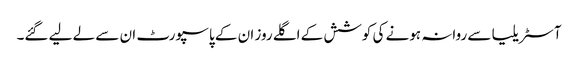
آسٹریلیا سے روانہ ہونے کی کوشش کے اگلے روز ان کے پاسپورٹ ان سے لے لیے گئے۔